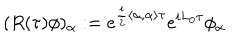
( R ( \tau ) \phi ) _ { \alpha } : = e ^ { \frac { i } { 2 } \left\langle \alpha , \alpha \right\rangle \tau } e ^ { i L _ { 0 } \tau } \phi _ { \alpha }